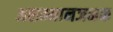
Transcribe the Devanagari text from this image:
असम्मानजनक